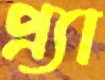
প্র্যা